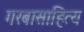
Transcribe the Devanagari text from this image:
गरबासाहित्य